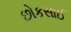
છોકસાઈ